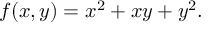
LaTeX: f ( x , y ) = x ^ { 2 } + x y + y ^ { 2 } .